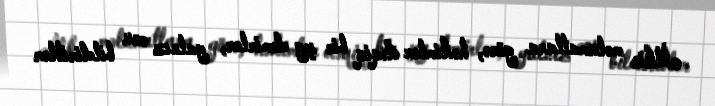
İlkin məlumatlara görə, həkimlər dəqiq bir şey demirlər, yalnız onu bildiriblər